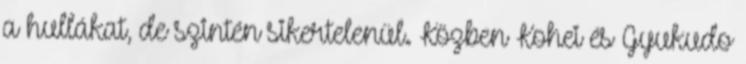
a hullákat, de szintén sikertelenül. Közben Kohei és Gyukudo